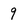
Character: 9